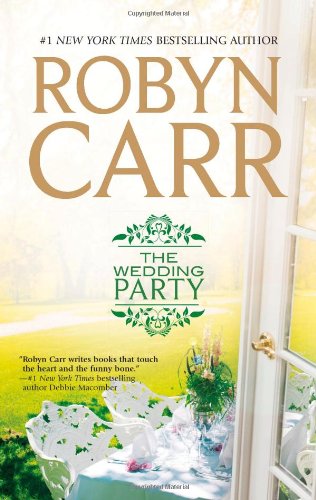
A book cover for The Wedding Party; Robyn Carr; Literature & Fiction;